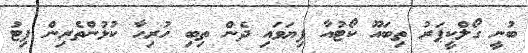
ބުނީ ގޯލްކީޕަރު ތިބައޫ ކޯޓުއާ ފިޔަވައި ދެން ތިބި ހުރިހާ ކުޅުންތެރިން ފިޓު